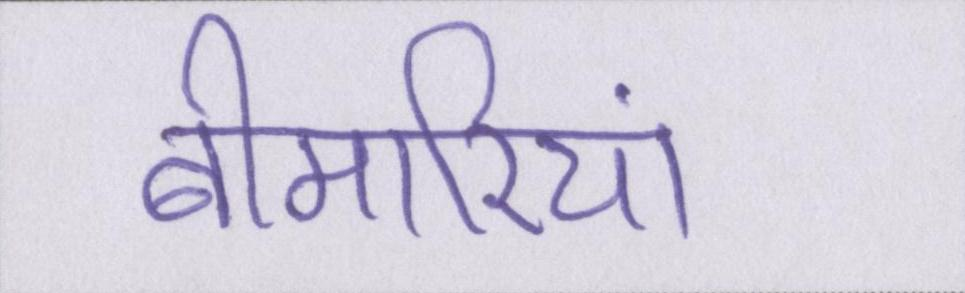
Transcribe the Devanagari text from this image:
बीमारियां